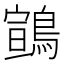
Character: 䳦